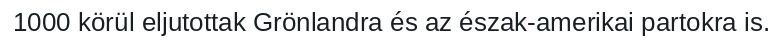
1000 körül eljutottak Grönlandra és az észak-amerikai partokra is.